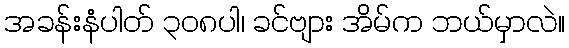
အခန်းနံပါတ် ၃၀၈ပါ၊ ခင်ဗျား အိမ်က ဘယ်မှာလဲ။